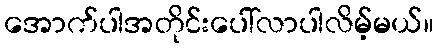
အောက်ပါအတိုင်းပေါ်လာပါလိမ့်မယ်။